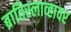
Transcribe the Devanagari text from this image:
ब्रातिस्लाव्हावर